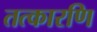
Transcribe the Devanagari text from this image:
तत्कारणि